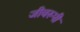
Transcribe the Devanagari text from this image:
जीवरूपी